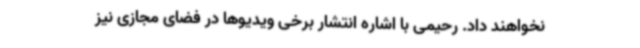
نخواهند داد. رحیمی با اشاره انتشار برخی ویدیوها در فضای مجازی نیز